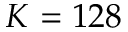
K = 1 2 8